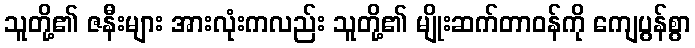
သူတို့၏ ဇနီးများ အားလုံးကလည်း သူတို့၏ မျိုးဆက်တာဝန်ကို ကျေပွန်စွာ